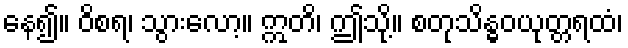
နေ၍။ ဝိစရ၊ သွားလော့။ ဣတိ၊ ဤသို့။ စတုသိန္ဓဝယုတ္တရထံ၊